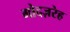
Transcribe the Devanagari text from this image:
गोदज़रेह